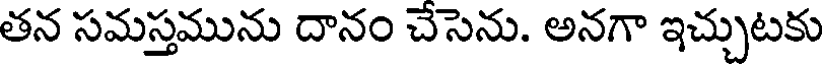
తన సమస్తమును దానం చేసెను. అనగా ఇచ్చుటకు